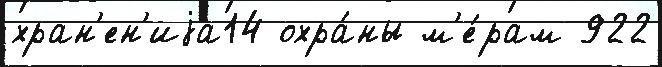
хран'ен'иjа14 охра́ны м'е́рам 922